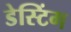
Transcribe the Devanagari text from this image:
डेस्टिंग